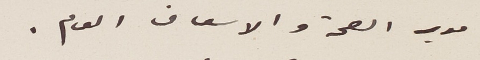
مدير الصحة والاسعاف العام.